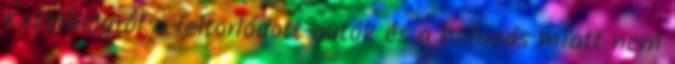
Keszthelyről a feltorlódott autók és a hófúvás miatt nem